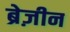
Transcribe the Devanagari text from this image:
ब्रेज़ीन